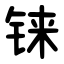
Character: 铼